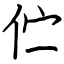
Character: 伫